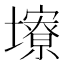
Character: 𪤮